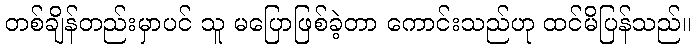
တစ်ချိန်တည်းမှာပင် သူ မပြောဖြစ်ခဲ့တာ ကောင်းသည်ဟု ထင်မိပြန်သည်။